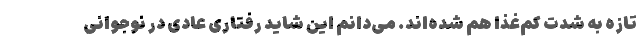
تازه به شدت کم‌غذا هم شده‌اند. می‌دانم این شاید رفتاری عادی در نوجوانی